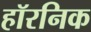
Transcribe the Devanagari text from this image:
हॉरनिक